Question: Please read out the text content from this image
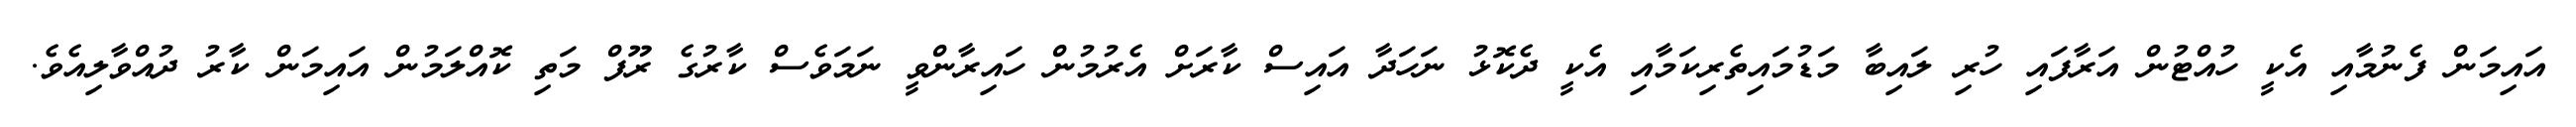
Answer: އައިމަން ފެނުމާއި އެކީ ހުއްޓުން އަރާފައި ހުރި ލައިބާ މަޑުމައިތެރިކަމާއި އެކީ ދެކޮޅު ނަހަދާ އައިސް ކާރަށް އެރުމުން ހައިރާންވީ ނަމަވެސް ކާރުގެ ރޫފް މަތި ކޮއްލަމުން އައިމަން ކާރު ދުއްވާލިއެވެ.